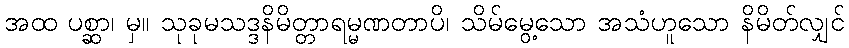
အထ ပစ္ဆာ၊ မှ။ သုခုမသဒ္ဒနိမိတ္တာရမ္မဏတာပိ၊ သိမ်မွေ့သော အသံဟူသော နိမိတ်လျှင်